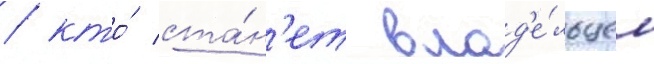
/ кто́ ста́н'ет влад'е́льцем